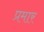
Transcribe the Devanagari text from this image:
प्रमार